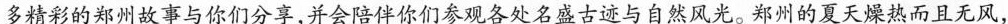
多精彩的郑州故事与你们分享，并会陪伴你们参观各处名盛古迹与自然风光。郑州的夏天燥热而且无风，